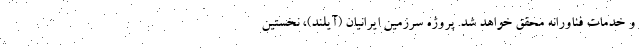
و خدمات فناورانه محقق خواهد شد. پروژه سرزمین ایرانیان (آیلند)، نخستین